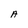
Character: A